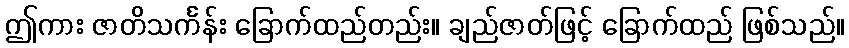
ဤကား ဇာတိသင်္ကန်း ခြောက်ထည်တည်း။ ချည်ဇာတ်ဖြင့် ခြောက်ထည် ဖြစ်သည်။